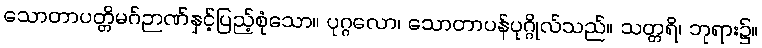
သောတာပတ္တိမဂ်ဉာဏ်နှင့်ပြည့်စုံသော။ ပုဂ္ဂလော၊ သောတာပန်ပုဂ္ဂိုလ်သည်။ သတ္တရိ၊ ဘုရား၌။